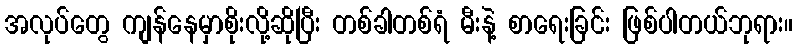
အလုပ်တွေ ကျန်နေမှာစိုးလို့ဆိုပြီး တစ်ခါတစ်ရံ မီးနဲ့ စာရေးခြင်း ဖြစ်ပါတယ်ဘုရား။